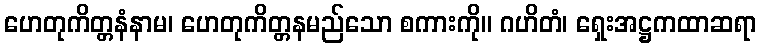
ဟေတုကိတ္တနံနာမ၊ ဟေတုကိတ္တနမည်သော စကားကို။ ဂဟိတံ၊ ရှေးအဋ္ဌကထာဆရာ